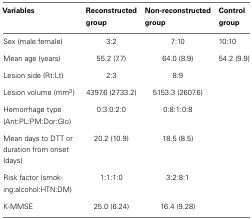
| Variables | Reconstructed group | Non-reconstructed group | Control group |
 | --- | --- | --- | --- |
 | Sex (male:female) | 3:2 | 7:10 | 10:10 |
 | Mean age (years) | 55.2 (7.7) | 64.0 (8.9) | 54.2 (9.9) |
 | Lesion side (Rt:Lt) | 2:3 | 8:9 |  |
 | Lesion volume (mm3) | 4397.6 (2733.2) | 5153.3 (2607.6) |  |
 | Hemorrhage type (Ant:PL:PM:Dor:Glo) | 0:3:0:2:0 | 0:8:1:0:8 |  |
 | Mean days to DTT or duration from onset (days) | 20.2 (10.9) | 18.5 (8.5) |  |
 | Risk factor (smoking:alcohol:HTN:DM) | 1:1:1:0 | 3:2:8:1 |  |
 | K-MMSE | 25.0 (6.24) | 16.4 (9.28) |  |